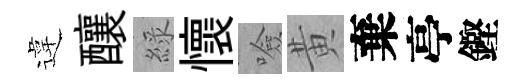
違釀綠懷噞黄棄亭鏗